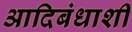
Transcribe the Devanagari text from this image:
आदिबंधाशी